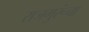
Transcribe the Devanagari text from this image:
राजगुरूंचा